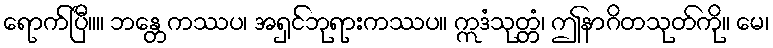
ရောက်ပြီ။။ ဘန္တေကဿပ၊ အရှင်ဘုရားကဿပ။ ဣဒံသုတ္တံ၊ ဤနာဂိတသုတ်ကို။ မေ၊